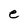
Character: e